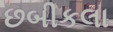
છબીકલા